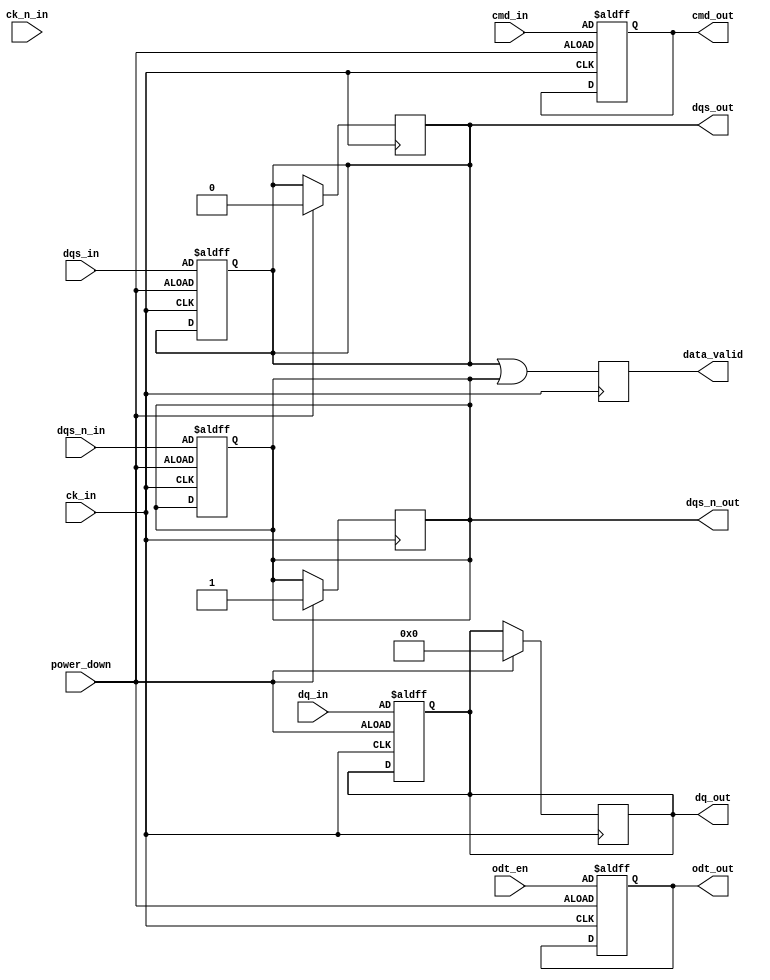
module lpddr3_io_block (
    // Input Signals
    input wire [DQ_WIDTH-1:0] dq_in,          // Data input lines
    input wire dqs_in,                         // Data strobe input
    input wire dqs_n_in,                       // Inverted data strobe input
    input wire ck_in,                          // Clock input
    input wire ck_n_in,                        // Inverted clock input
    input wire [CMD_WIDTH-1:0] cmd_in,        // Command input
    input wire odt_en,                         // On-die termination enable
    input wire power_down,                     // Power down signal

    // Output Signals
    output wire [DQ_WIDTH-1:0] dq_out,        // Data output lines
    output wire dqs_out,                       // Data strobe output
    output wire dqs_n_out,                     // Inverted data strobe output
    output wire [CMD_WIDTH-1:0] cmd_out,      // Command output
    output wire odt_out,                       // On-die termination output
    output wire data_valid                     // Data valid signal
);

// Parameters
parameter DQ_WIDTH = 16;                      // Number of DQ lines
parameter CMD_WIDTH = 4;                      // Number of command lines

// Internal Signals
reg [DQ_WIDTH-1:0] dq_buffer;                 // Data buffer
reg dqs_buffer;                                // Data strobe buffer
reg dqs_n_buffer;                              // Inverted data strobe buffer
reg [CMD_WIDTH-1:0] cmd_buffer;                // Command buffer
reg odt_buffer;                                // ODT buffer
reg data_valid_reg;                            // Data valid register

// I/O Buffer Design
// Input Buffers
always @(posedge ck_in or negedge power_down) begin
    if (!power_down) begin
        dq_buffer <= dq_in;                    // Capture input data
        dqs_buffer <= dqs_in;                  // Capture DQS
        dqs_n_buffer <= dqs_n_in;              // Capture DQS#
        cmd_buffer <= cmd_in;                   // Capture command
        odt_buffer <= odt_en;                   // Capture ODT enable
    end
end

// Output Buffers
assign dq_out = dq_buffer;                    // Output data
assign dqs_out = dqs_buffer;                  // Output DQS
assign dqs_n_out = dqs_n_buffer;              // Output DQS#
assign cmd_out = cmd_buffer;                   // Output command
assign odt_out = odt_buffer;                   // Output ODT

// Data Valid Signal Generation
always @(posedge ck_in) begin
    data_valid_reg <= (dqs_buffer || dqs_n_buffer); // Data is valid when DQS is active
end
assign data_valid = data_valid_reg;

// Power Management Logic
always @(posedge ck_in) begin
    if (power_down) begin
        dq_buffer <= {DQ_WIDTH{1'b0}};         // Drive data lines low in power down
        dqs_buffer <= 1'b0;                     // Drive DQS low in power down
        dqs_n_buffer <= 1'b1;                   // Drive DQS# high in power down
    end
end

endmodule